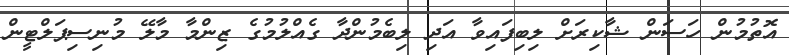
އޮތުމުން ހަސަން ޝާކިރަށް ލިބިފައިވާ އަދި ލިބެމުންދާ ގެއްލުމުގެ ޒިންމާ މާލޭ މުނިސިޕަލްޓީން